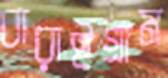
বারাইগ্রাম